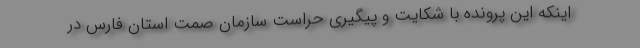
اینکه این پرونده با شکایت و پیگیری حراست سازمان صمت استان فارس در